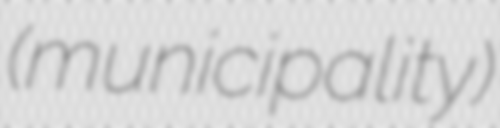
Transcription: (municipality)